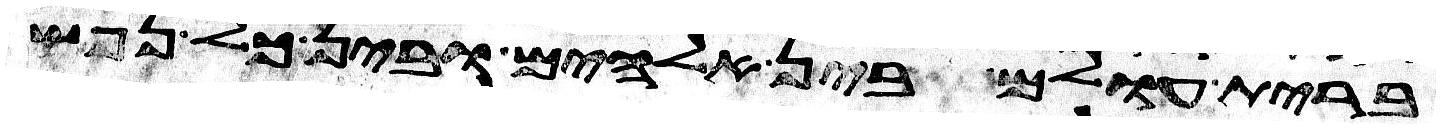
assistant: ברית עולם בין אלהים ובין כל נפש